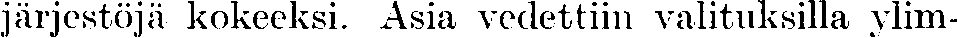
järjestöjä kokeeksi. Asia vedettiin valituksilla ylim-